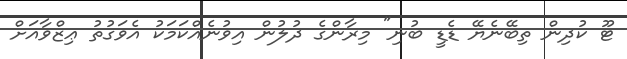
ޓޫ ކުދިން ތިބޭނެޔޭ ޑެޑީ ބުނި" މިރާންގެ ދުލުން އިވުނެއްކަމަކު އެވަގުތު ޢިޒްވާއަށް